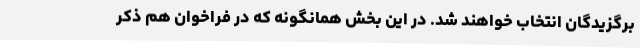
برگزیدگان انتخاب خواهند شد. در این بخش همانگونه که در فراخوان هم ذکر